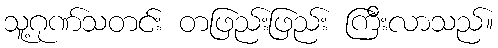
သူ့ဂုဏ်သတင်း တဖြည်းဖြည်း ကြီးလာသည်။